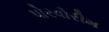
પોરવોરીમ